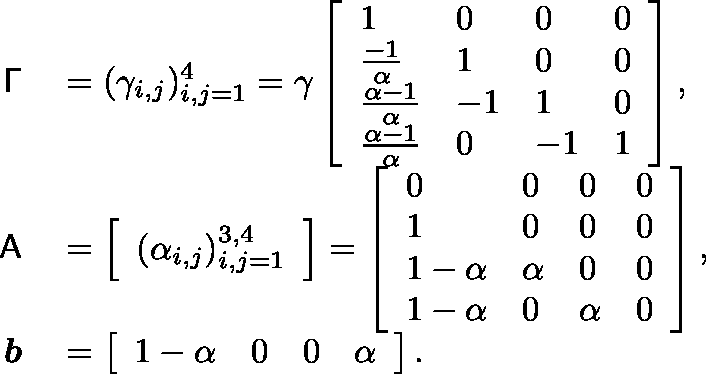
\begin{array} { r l } { \mathsf { \Gamma } } & { { } = ( \gamma _ { i , j } ) _ { i , j = 1 } ^ { 4 } = \gamma \left[ \begin{array} { l l l l } { 1 } & { 0 } & { 0 } & { 0 } \\ { \frac { - 1 } { \alpha } } & { 1 } & { 0 } & { 0 } \\ { \frac { \alpha - 1 } { \alpha } } & { - 1 } & { 1 } & { 0 } \\ { \frac { \alpha - 1 } { \alpha } } & { 0 } & { - 1 } & { 1 } \end{array} \right] , } \\ { \mathsf { A } } & { { } = \left[ \begin{array} { l } { ( \alpha _ { i , j } ) _ { i , j = 1 } ^ { 3 , 4 } } \end{array} \right] = \left[ \begin{array} { l l l l } { 0 } & { 0 } & { 0 } & { 0 } \\ { 1 } & { 0 } & { 0 } & { 0 } \\ { 1 - \alpha } & { \alpha } & { 0 } & { 0 } \\ { 1 - \alpha } & { 0 } & { \alpha } & { 0 } \end{array} \right] , } \\ { \boldsymbol { b } } & { { } = \left[ \begin{array} { l l l l } { 1 - \alpha } & { 0 } & { 0 } & { \alpha } \end{array} \right] . } \end{array}